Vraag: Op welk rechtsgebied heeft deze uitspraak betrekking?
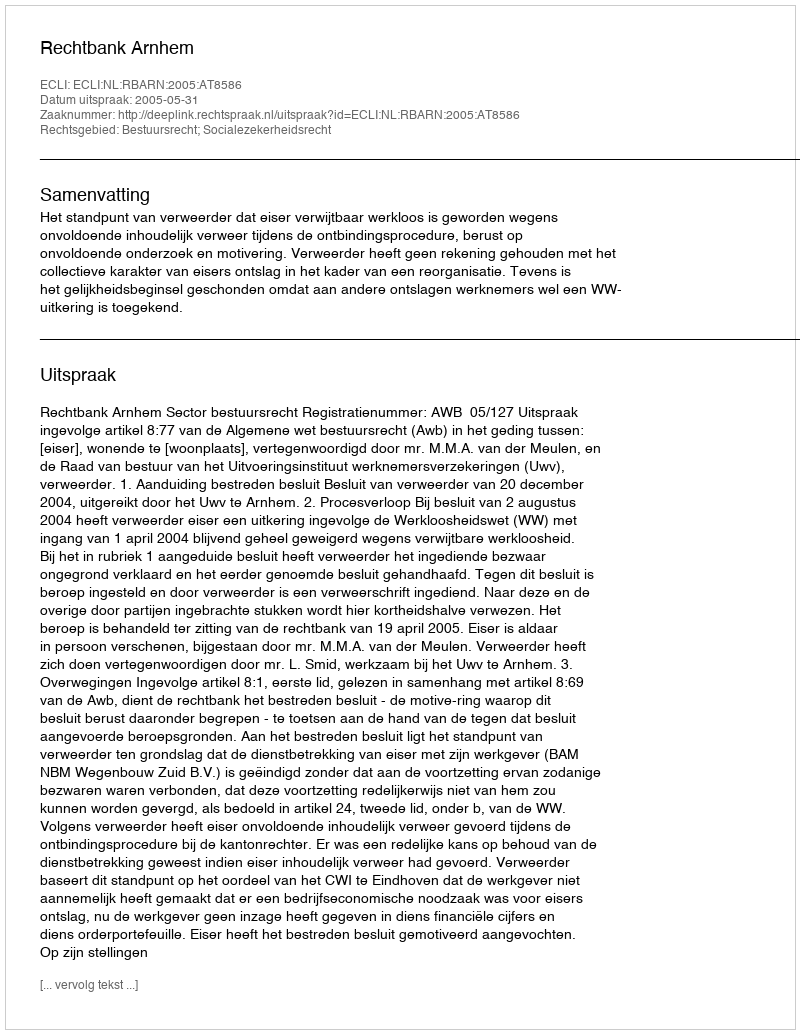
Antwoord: Bestuursrecht; Socialezekerheidsrecht